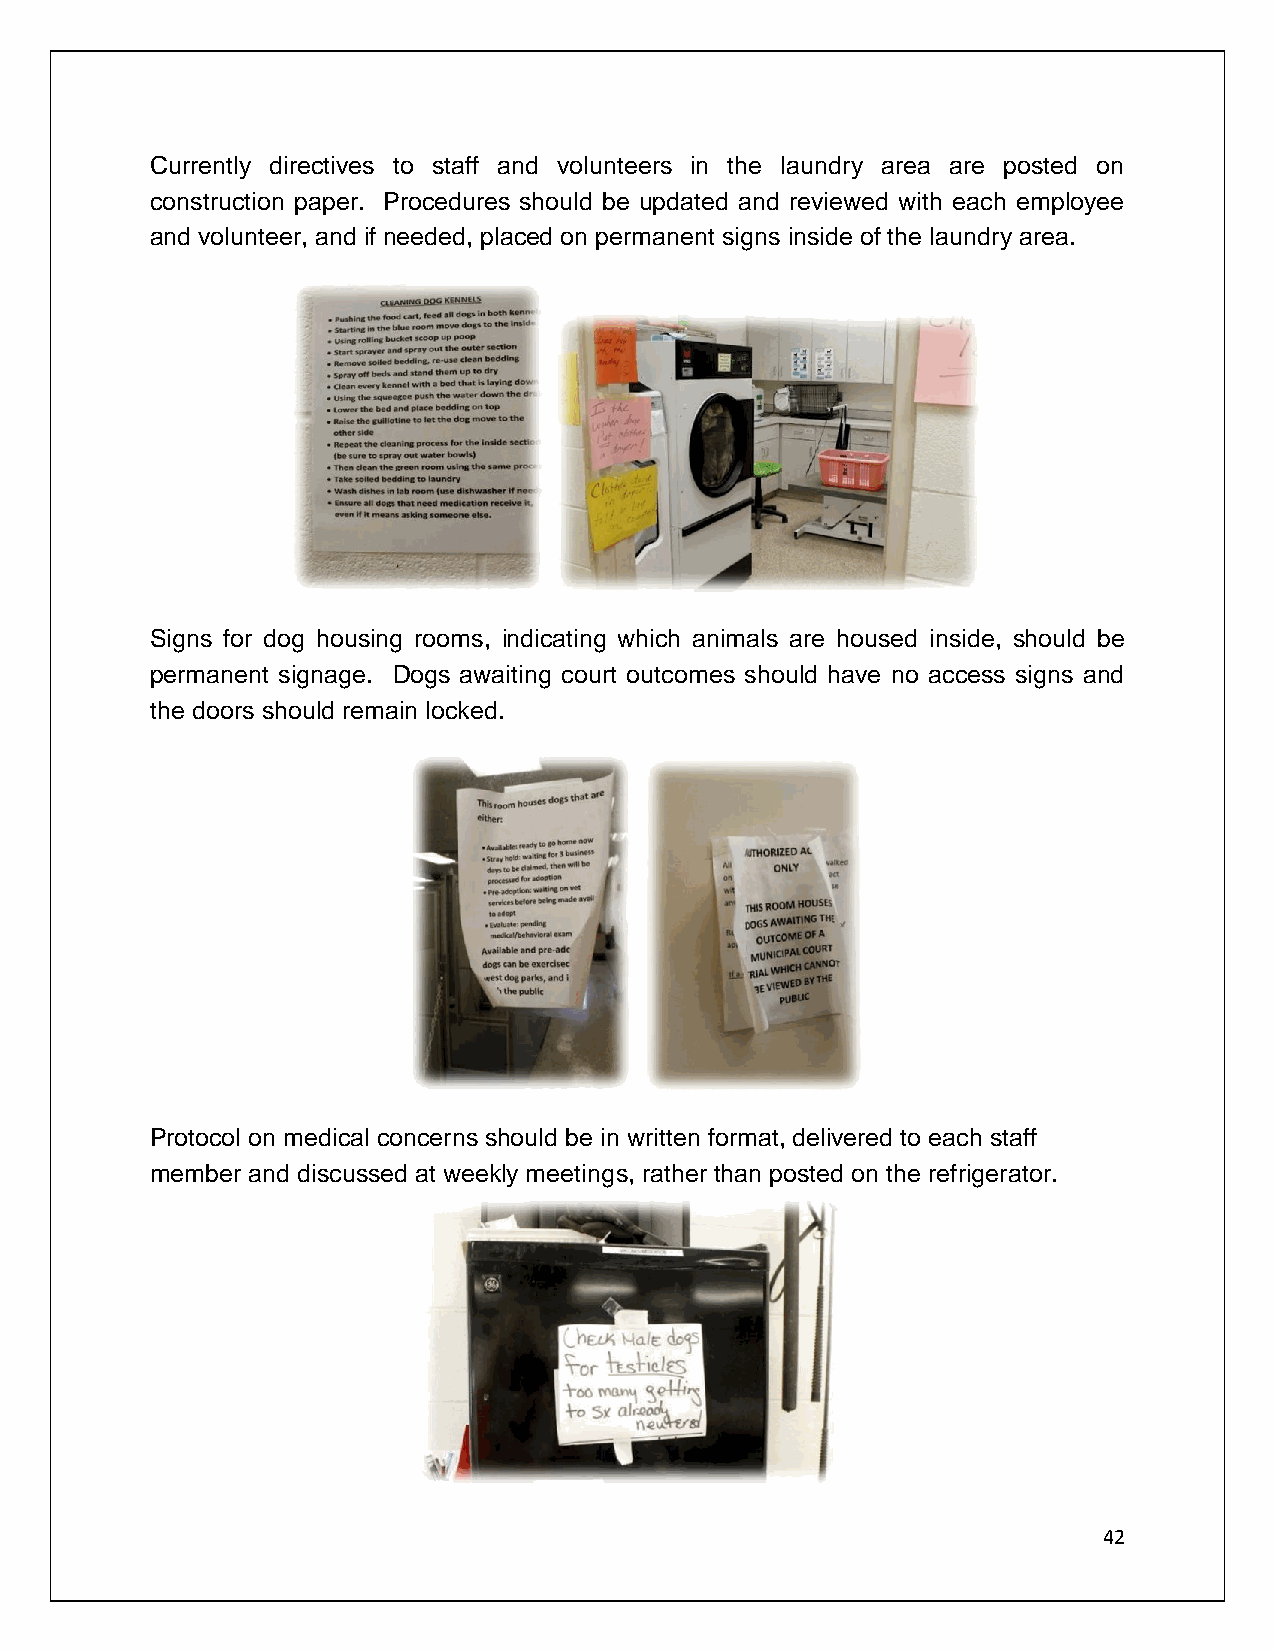
Currently directives to staff and volunteers in the laundry area are posted on
 construction paper. Procedures should be updated and reviewed with each employee
 and volunteer, and if needed, placed on permanent signs inside of the laundry area.
 Signs for dog housing rooms, indicating which animals are housed inside, should be
 permanent signage. Dogs awaiting court outcomes should have no access signs and
 the doors should remain locked.
 Protocol on medical concerns should be in written format, delivered to each staff
 member and discussed at weekly meetings, rather than posted on the refrigerator.
 42